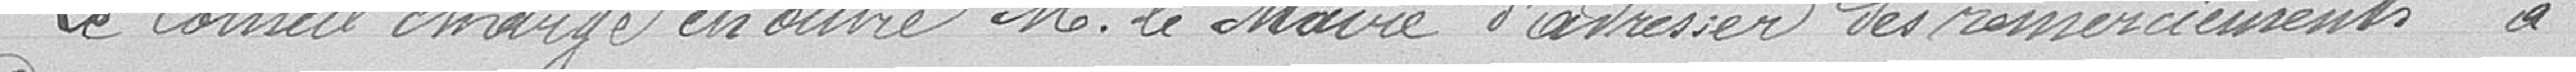
Le Conseil charge en outre Monsieur le Maire d'adresser des remerciements à